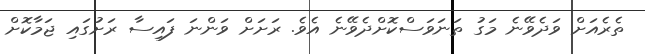
ތެރެއަށް ވަދެވޭނެ މަގު ތަނަވަސްކޮށްދެވޭނެ އެވެ. ރަށަށް ވަންނަ ފައިސާ ރަށުގައި ޖަމާކޮށް